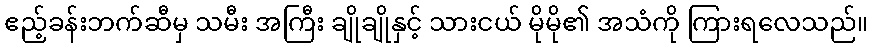
ဧည့်ခန်းဘက်ဆီမှ သမီး အကြီး ချိုချိုနှင့် သားငယ် မိုမို၏ အသံကို ကြားရလေသည်။